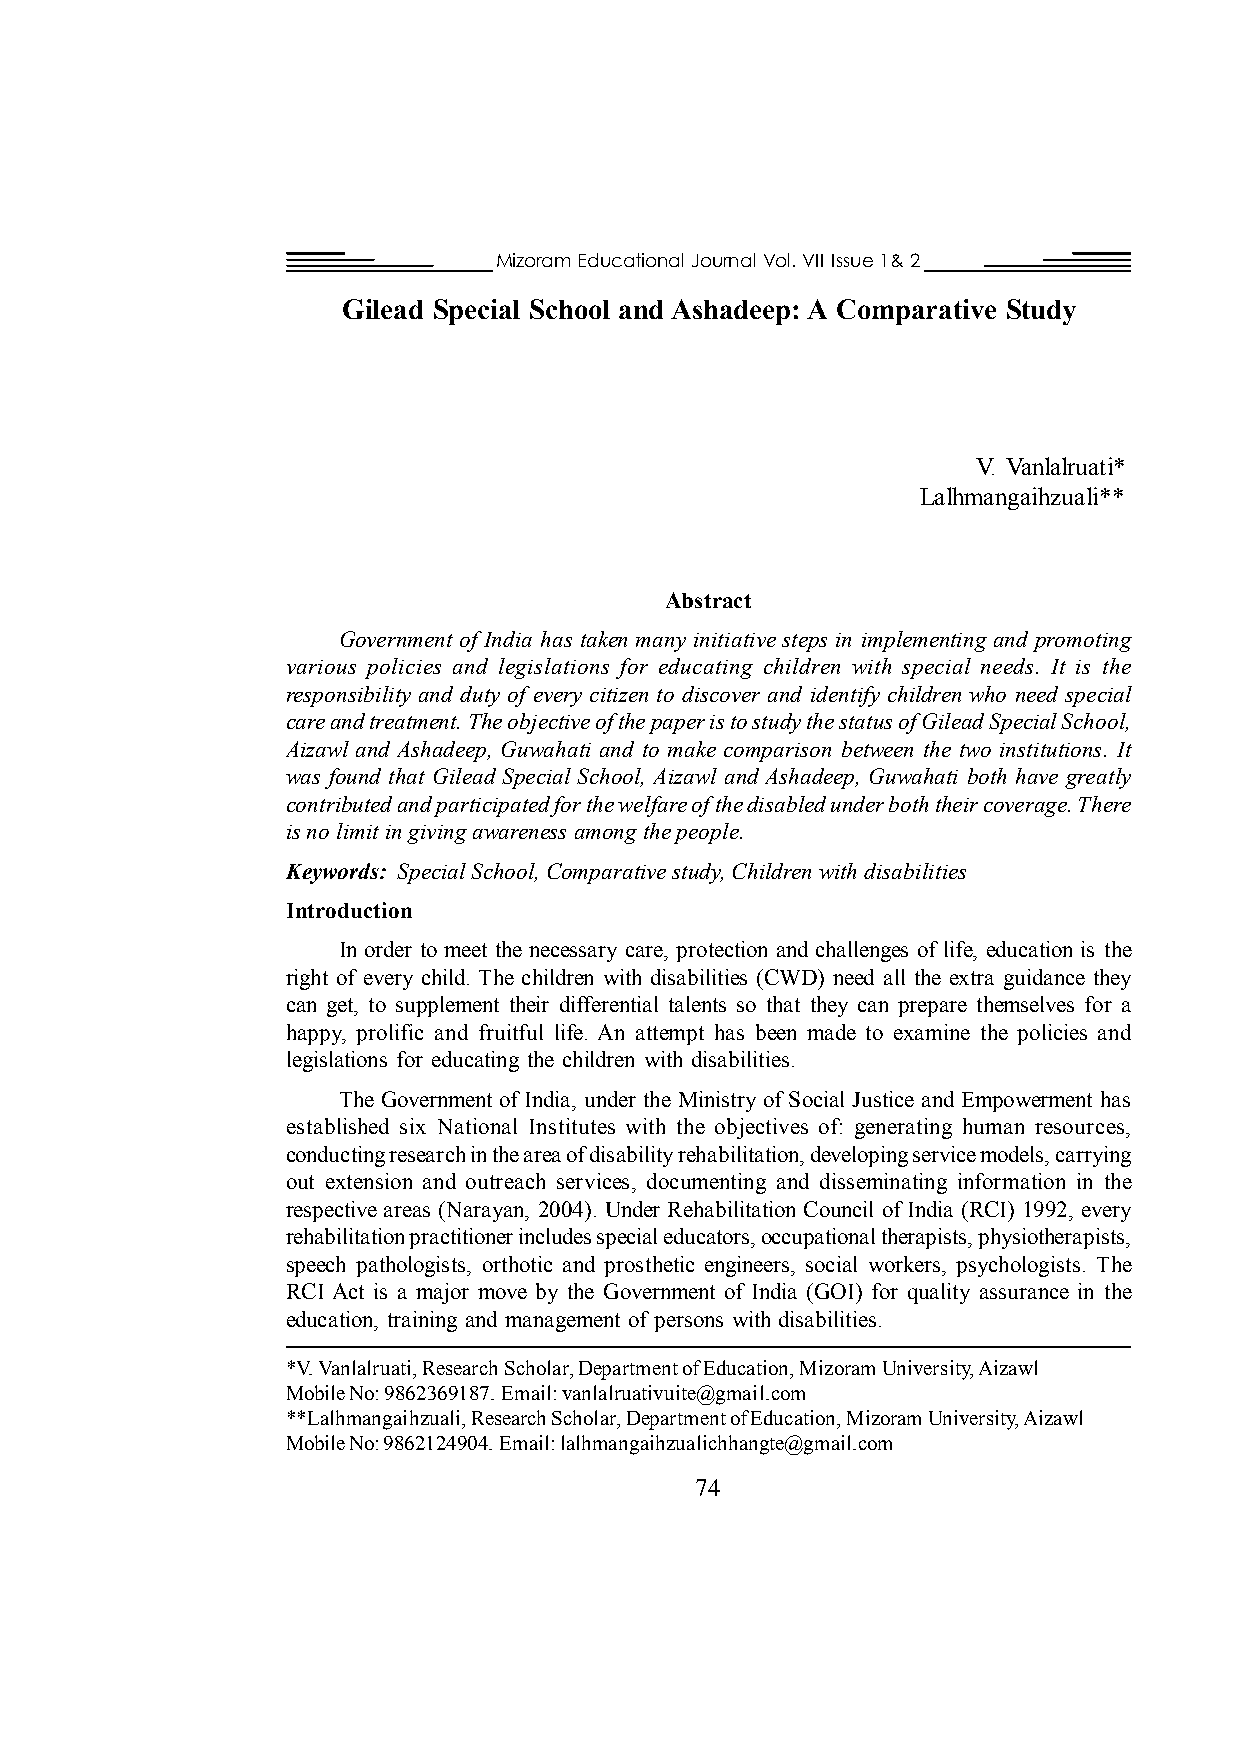
Mizoram Educational Journal Vol. VII Issue 1& 2
 Gilead Special School and Ashadeep: A Comparative Study
 V. Vanlalruati*
 Lalhmangaihzuali**
 Abstract
 Government of India has taken many initiative steps in implementing and promoting
 various policies and legislations for educating children with special needs. It is the
 responsibility and duty of every citizen to discover and identify children who need special
 care and treatment. The objective of the paper is to study the status of Gilead Special School,
 Aizawl and Ashadeep, Guwahati and to make comparison between the two institutions. It
 was found that Gilead Special School, Aizawl and Ashadeep, Guwahati both have greatly
 contributed and participated for the welfare of the disabled under both their coverage. There
 is no limit in giving awareness among the people.
 Keywords: Special School, Comparative study, Children with disabilities
 Introduction
 In order to meet the necessary care, protection and challenges of life, education is the
 right of every child. The children with disabilities (CWD) need all the extra guidance they
 can get, to supplement their differential talents so that they can prepare themselves for a
 happy, prolific and fruitful life. An attempt has been made to examine the policies and
 legislations for educating the children with disabilities.
 The Government of India, under the Ministry of Social Justice and Empowerment has
 established six National Institutes with the objectives of: generating human resources,
 conducting research in the area of disability rehabilitation, developing service models, carrying
 out extension and outreach services, documenting and disseminating information in the
 respective areas (Narayan, 2004). Under Rehabilitation Council of India (RCI) 1992, every
 rehabilitation practitioner includes special educators, occupational therapists, physiotherapists,
 speech pathologists, orthotic and prosthetic engineers, social workers, psychologists. The
 RCI Act is a major move by the Government of India (GOI) for quality assurance in the
 education, training and management of persons with disabilities.
 *V. Vanlalruati, Research Scholar, Department of Education, Mizoram University, Aizawl
 Mobile No: 9862369187. Email: vanlalruativuite@gmail.com
 **Lalhmangaihzuali, Research Scholar, Department of Education, Mizoram University, Aizawl
 Mobile No: 9862124904. Email: lalhmangaihzualichhangte@gmail.com
 74